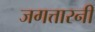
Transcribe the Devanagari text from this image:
जगत्तारनी